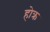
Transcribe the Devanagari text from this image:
होक्र